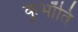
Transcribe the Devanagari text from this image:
कुभाँति